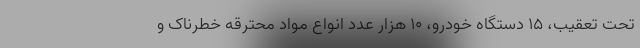
تحت تعقیب، ۱۵ دستگاه خودرو، ۱۰ هزار عدد انواع مواد محترقه خطرناک و